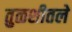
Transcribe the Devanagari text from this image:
तुळशीतले